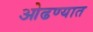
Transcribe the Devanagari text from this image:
ओढण्यात